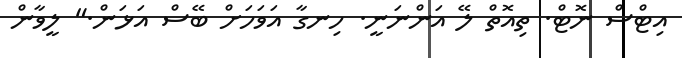
އިޓްސް ނޮޓް. ތިއޮތް ލޭ އަންނަނީ. ހިނގާ އަވަހަށް ބޭސް އަޅަން." ލީވާން